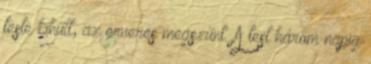
teste kihűlt, az érverés megszűnt. A test három napig